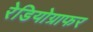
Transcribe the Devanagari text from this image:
रेडियोग्राफर